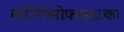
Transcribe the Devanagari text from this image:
कोनिफेरोफाइटाका